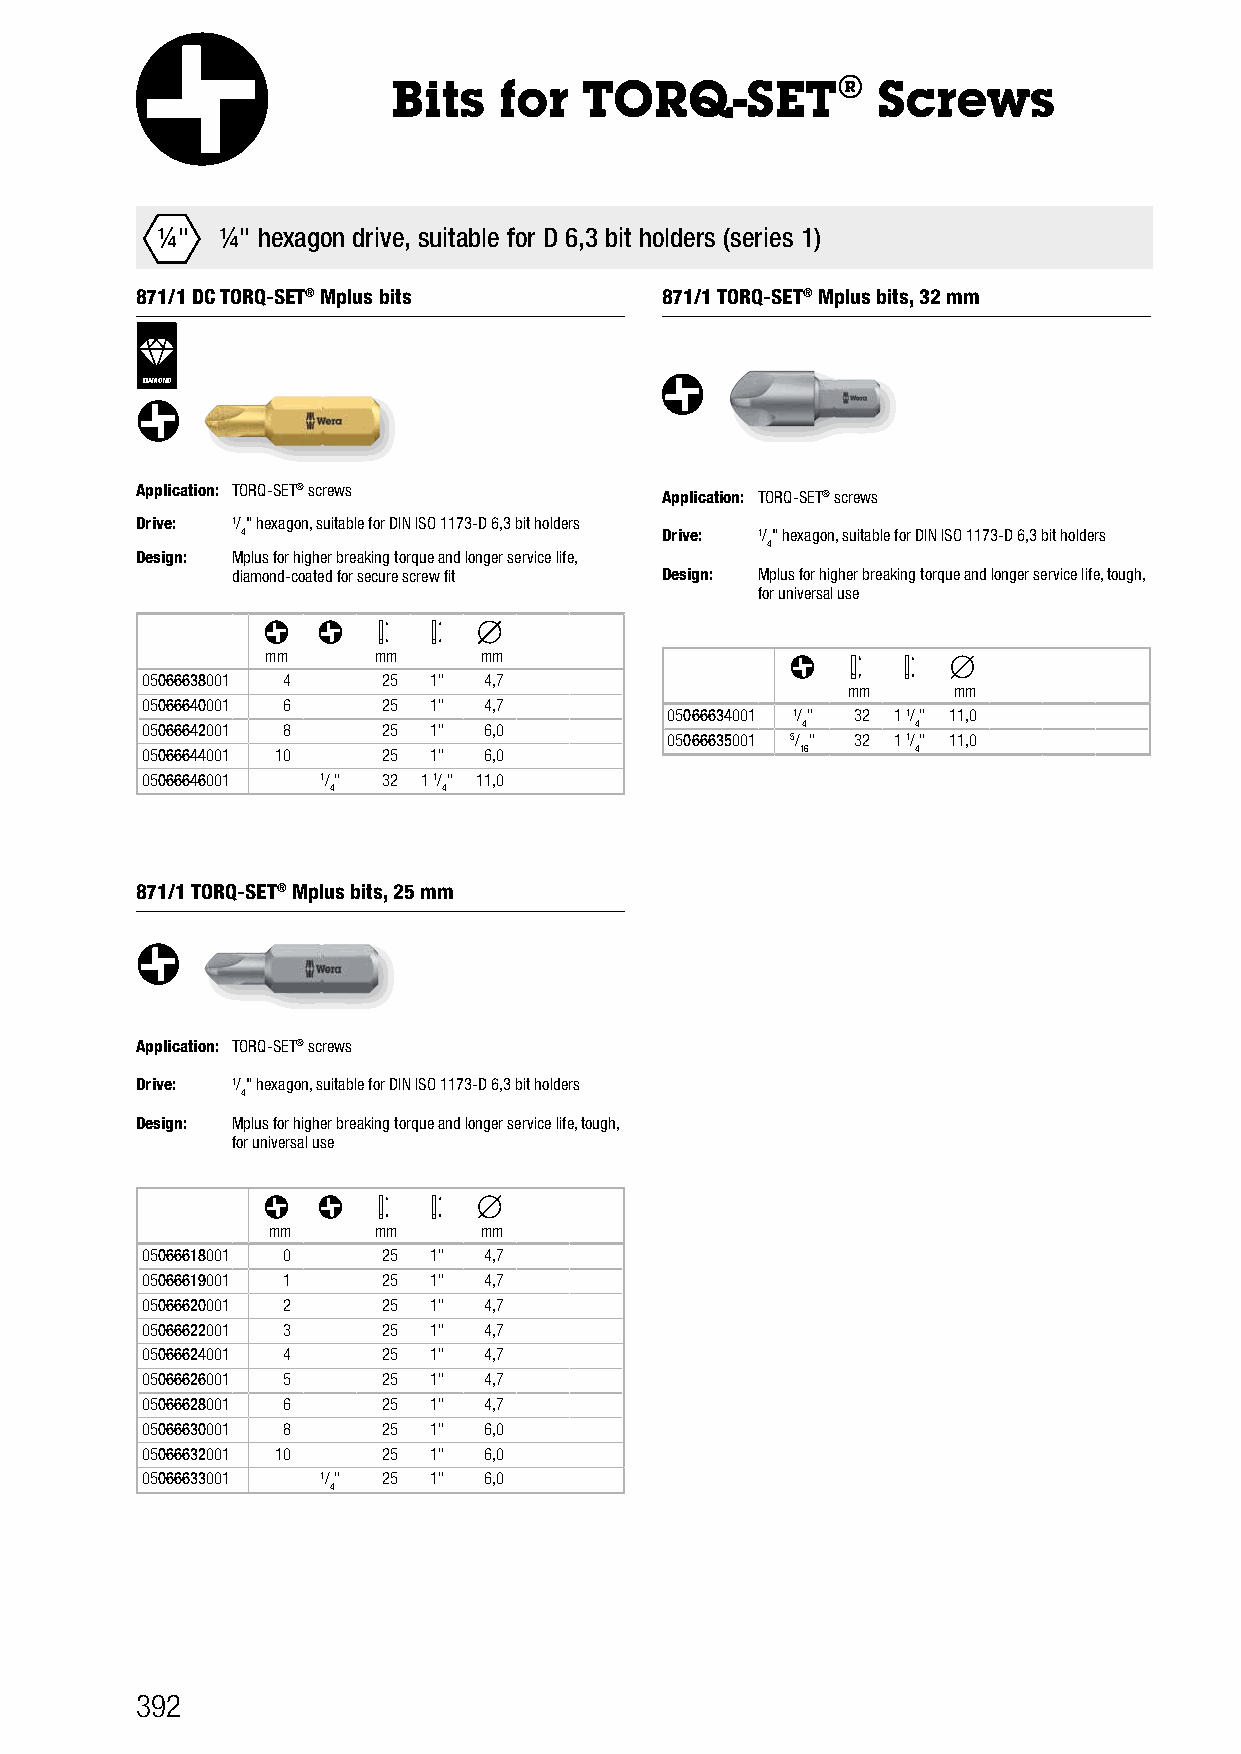
Bits   for   TORQ-SET®          Screws
 ¼"   ¼" hexagon drive, suitable for D 6,3 bit holders (series 1)
 871/1 DC TORQ-SET® Mplus bits      871/1 TORQ-SET® Mplus bits, 32 mm
 DIAMOND
 Application: TORQ-SET® screws
 Application: TORQ-SET® screws
 Drive: 1/" hexagon, suitable for DIN ISO 1173-D 6,3 bit holders
 4                           Drive: 1/" hexagon, suitable for DIN ISO 1173-D 6,3 bit holders
 4
 Design: Mplus for higher breaking torque and longer service life,
 diamond-coated for secure screw fit Design: Mplus for higher breaking torque and longer service life, tough,
 for universal use
 mm     mm     mm
 05066638001 4   25 1"  4,7
 mm     mm
 05066640001 6   25 1"  4,7
 05066634001 1/" 32 1 1/" 11,0
 05066642001 8   25 1"  6,0                  4       4
 05066635001 5/ " 32 1 1/" 11,0
 05066644001 10  25 1"  6,0                  16      4
 05066646001 1/" 32 1 1/" 11,0
 4      4
 871/1 TORQ-SET® Mplus bits, 25 mm
 Application: TORQ-SET® screws
 Drive: 1/" hexagon, suitable for DIN ISO 1173-D 6,3 bit holders
 4
 Design: Mplus for higher breaking torque and longer service life, tough,
 for universal use
 mm     mm     mm
 05066618001 0   25 1"  4,7
 05066619001 1   25 1"  4,7
 05066620001 2   25 1"  4,7
 05066622001 3   25 1"  4,7
 05066624001 4   25 1"  4,7
 05066626001 5   25 1"  4,7
 05066628001 6   25 1"  4,7
 05066630001 8   25 1"  6,0
 05066632001 10  25 1"  6,0
 05066633001 1/" 25 1"  6,0
 4
 392